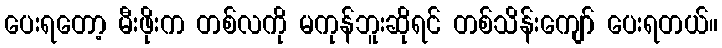
ပေးရတော့ မီးဖိုးက တစ်လကို မကုန်ဘူးဆိုရင် တစ်သိန်းကျော် ပေးရတယ်။